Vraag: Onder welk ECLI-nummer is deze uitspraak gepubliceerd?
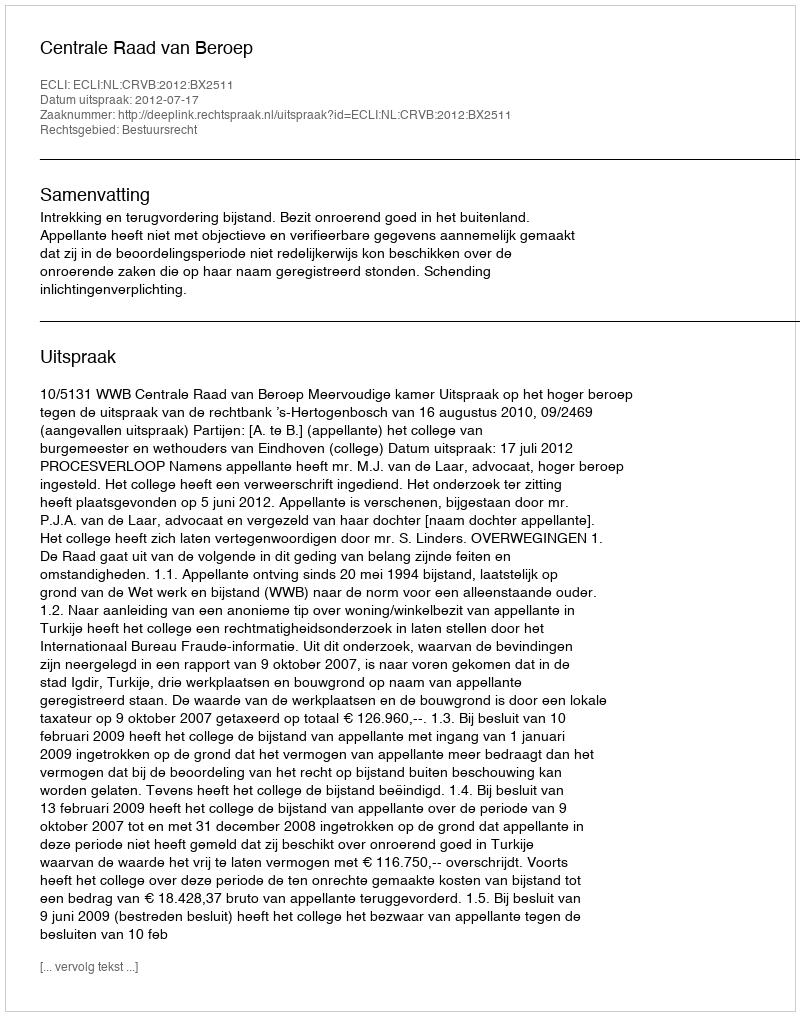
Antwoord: ECLI:NL:CRVB:2012:BX2511